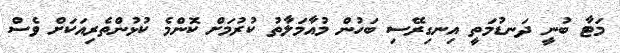
މަޓާ ބުނީ ދަނޑުމަތީ އިނގިރޭސި ބަހުން މުއާމަލާތު ކުރުމަށް ކޮންމެ ކުޅުންތެރިއަކަށް ވެސް